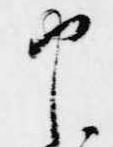
申